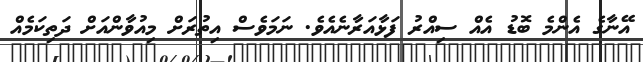
އޭނާގެ އެންމެ ބޮޑު އެއް ސިއްރު ފަޅާއަރާނެއެވެ. ނަމަވެސް އިތުރަށް މިއުވާންއަށް ދަތިކަމެއް